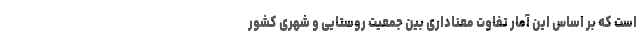
است که بر اساس این آمار تفاوت معناداری بین جمعیت روستایی و شهری کشور